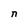
Character: n